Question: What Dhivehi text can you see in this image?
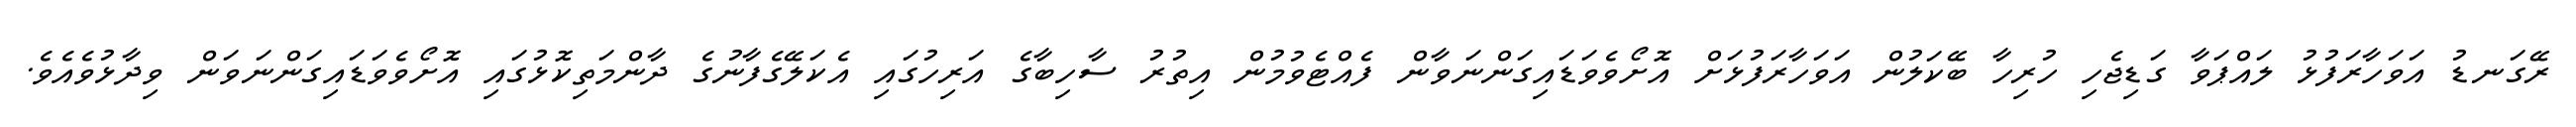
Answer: ރޭގަނޑު އަވަހާރަފުޅު ލައްޕަވާ ގަޑިޖެހި ހުރިހާ ބޭކަލުން އަވަހާރަފުޅަށް އޮށޯވެވަޑައިގަންނަވާން ފެއްޓެވުމުން އިތުރު ސާހިބާގެ އަރިހުގައި އެކަލޭގެފާނުގެ ދާންމަތިކޮޅުގައި އޮށޯވެވަޑައިގަންނަވަން ވިދާޅުވެއެވެ.